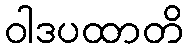
ဝါဒပထာတိ